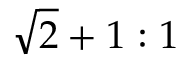
{ \sqrt { 2 } } + 1 : 1